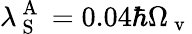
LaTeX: \lambda_{\mathrm{~S~}}^{\mathrm{~A~}}=0.04\hbar\Omega_{\mathrm{~v~}}